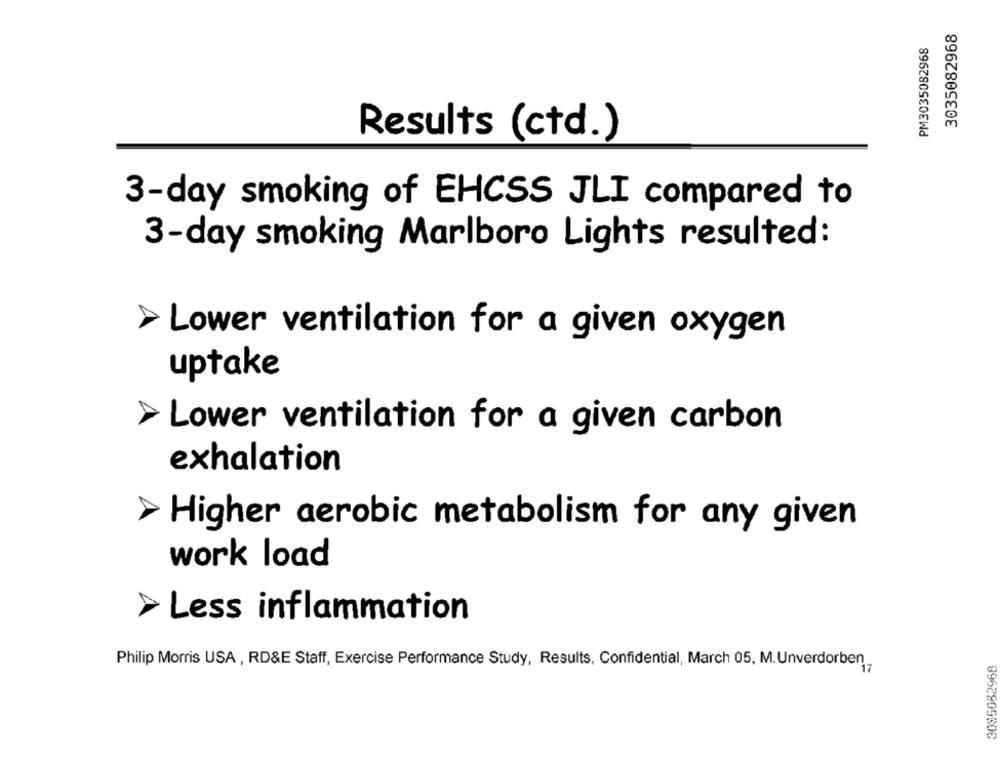
3035082968
PM3035082968
Results (ctd.)
3-day smoking of EHCSS JLI compared to
3-day smoking Marlboro Lights resulted:
> Lower ventilation for a given oxygen
uptake
Lower ventilation for a given carbon
exhalation
> Higher aerobic metabolism for any given
work load
> Less inflammation
Philip Morris USA , RD&E Staff, Exercise Performance Study, Results, Confidential, March 05, M. Unverdorben
3085082968